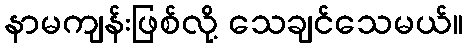
နာမကျန်းဖြစ်လို့ သေချင်သေမယ်။